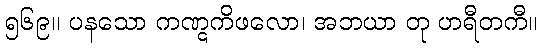
၅၆၉။ ပနသော ကဏ္ဋကိဖလော၊ အဘယာ တု ဟရီတကီ။